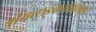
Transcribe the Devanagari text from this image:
श्रीमच्छङ्कराचार्यकृतं